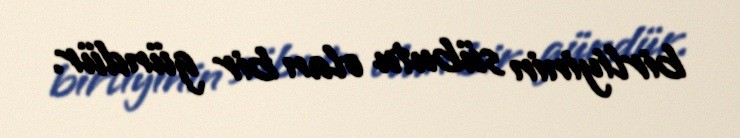
birliyinin sübutu olan bir gündür.